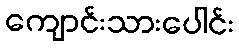
ကျောင်းသားပေါင်း